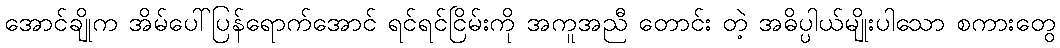
အောင်ချိုက အိမ်ပေါ်ပြန်ရောက်အောင် ရင်ရင်ငြိမ်းကို အကူအညီ တောင်း တဲ့ အဓိပ္ပါယ်မျိုးပါသော စကားတွေ